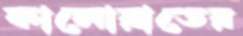
কালোরাতের